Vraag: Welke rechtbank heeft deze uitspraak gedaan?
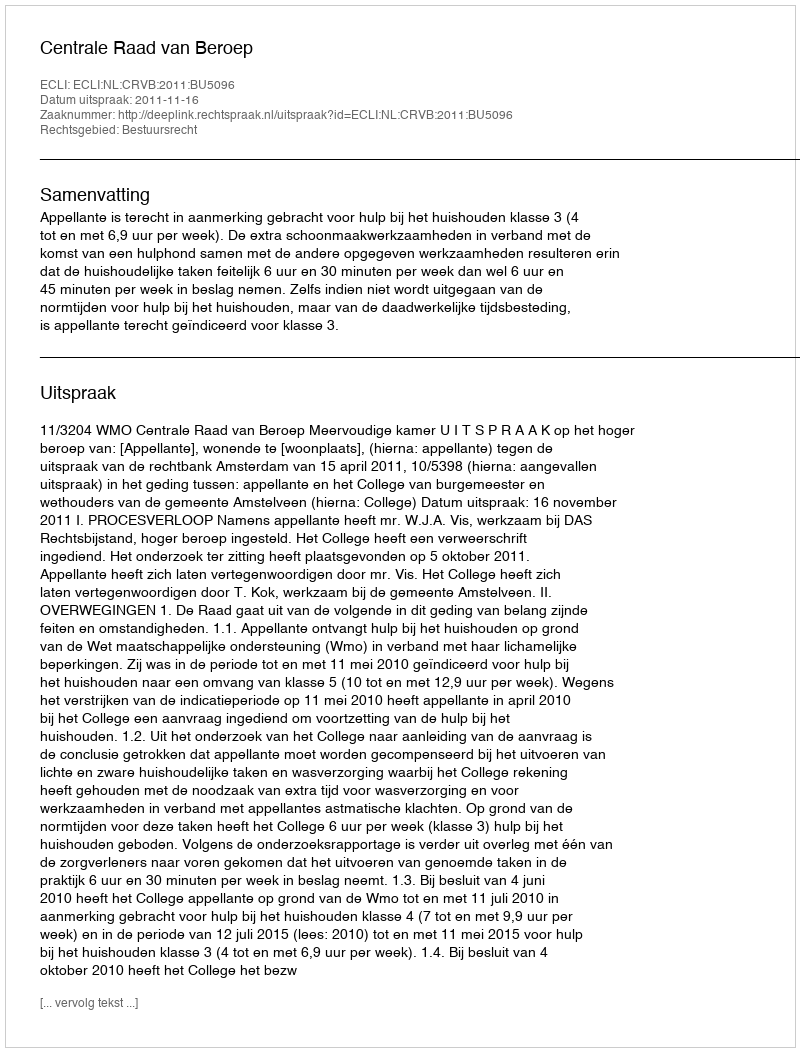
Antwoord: Centrale Raad van Beroep